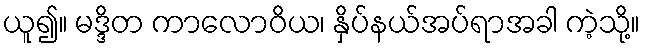
ယူ၍။ မဒ္ဒိတ ကာလောဝိယ၊ နှိပ်နယ်အပ်ရာအခါ ကဲ့သို့။